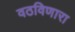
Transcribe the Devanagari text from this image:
वठविणारा